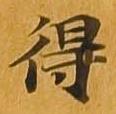
得